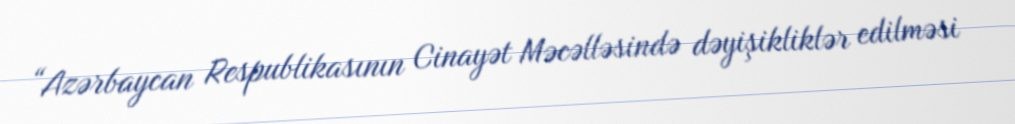
“Azərbaycan Respublikasının Cinayət Məcəlləsində dəyişikliklər edilməsi